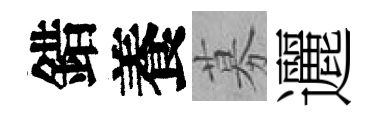
錯養募邐